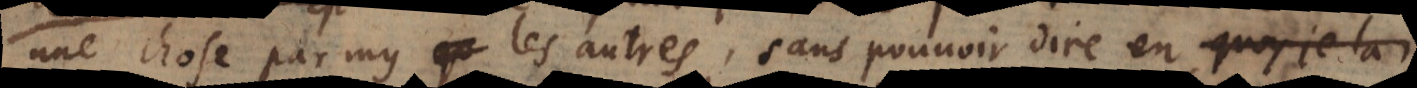
une chose parmy les autres, sans pouvoir dire en quoy